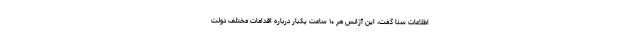
اطلاعات سنا گفت، این آژانس هر ۱۰ ساعت یکبار درباره اقدامات مختلف دولت